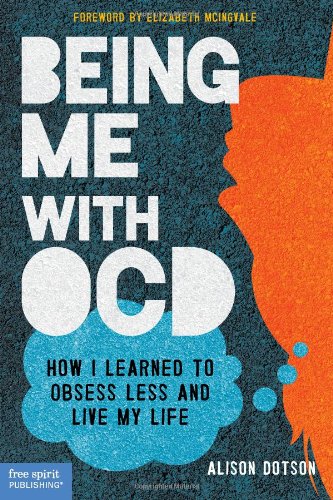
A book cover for Being Me with OCD: How I Learned to Obsess Less and Live My Life; Alison Dotson; Teen & Young Adult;